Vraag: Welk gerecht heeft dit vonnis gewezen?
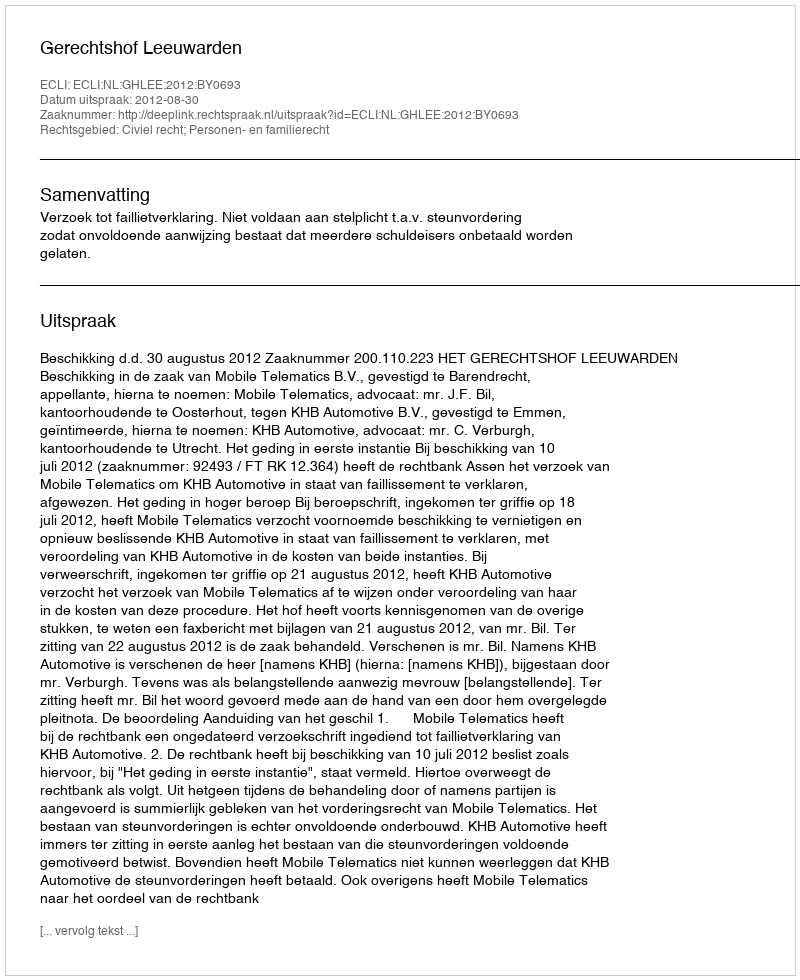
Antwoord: Gerechtshof Leeuwarden